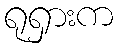
ရုရှားက